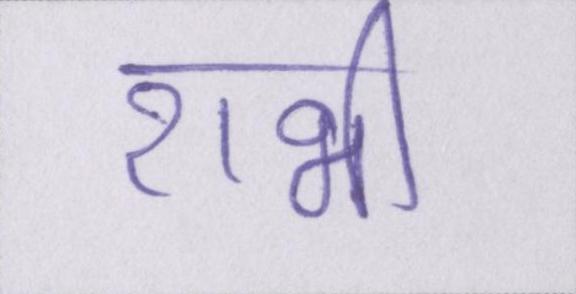
राभी